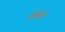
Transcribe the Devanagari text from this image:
सम्ह